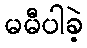
မမီပါခဲ့